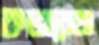
কভারেজ